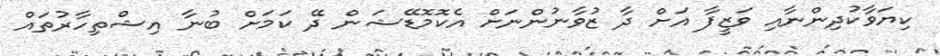
ކިޔަވާކުދިންނާއި ވަޒީފާ އަށް ދާ ޒުވާނުންނަށް އެކޮމޮޑޭޝަން ދޭ ކަމަށް ބުނާ އިޝްތިހާރުތައް